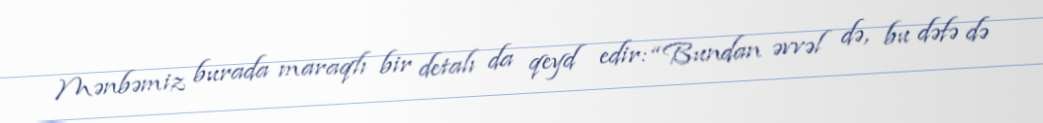
Mənbəmiz burada maraqlı bir detalı da qeyd edir: “Bundan əvvəl də, bu dəfə də